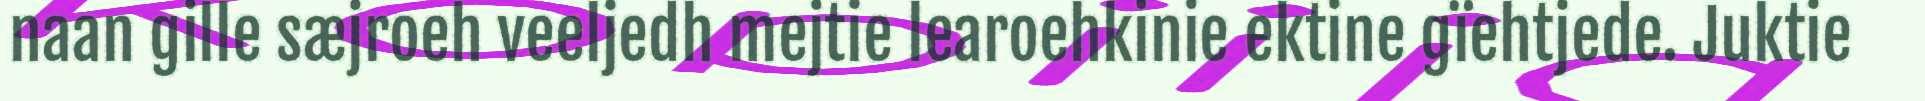
naan gille sæjroeh veeljedh mejtie learoehkinie ektine gïehtjede. Juktie